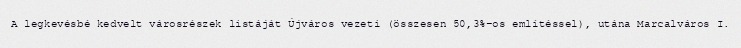
A legkevésbé kedvelt városrészek listáját Újváros vezeti (összesen 50,3%-os említéssel), utána Marcalváros I.